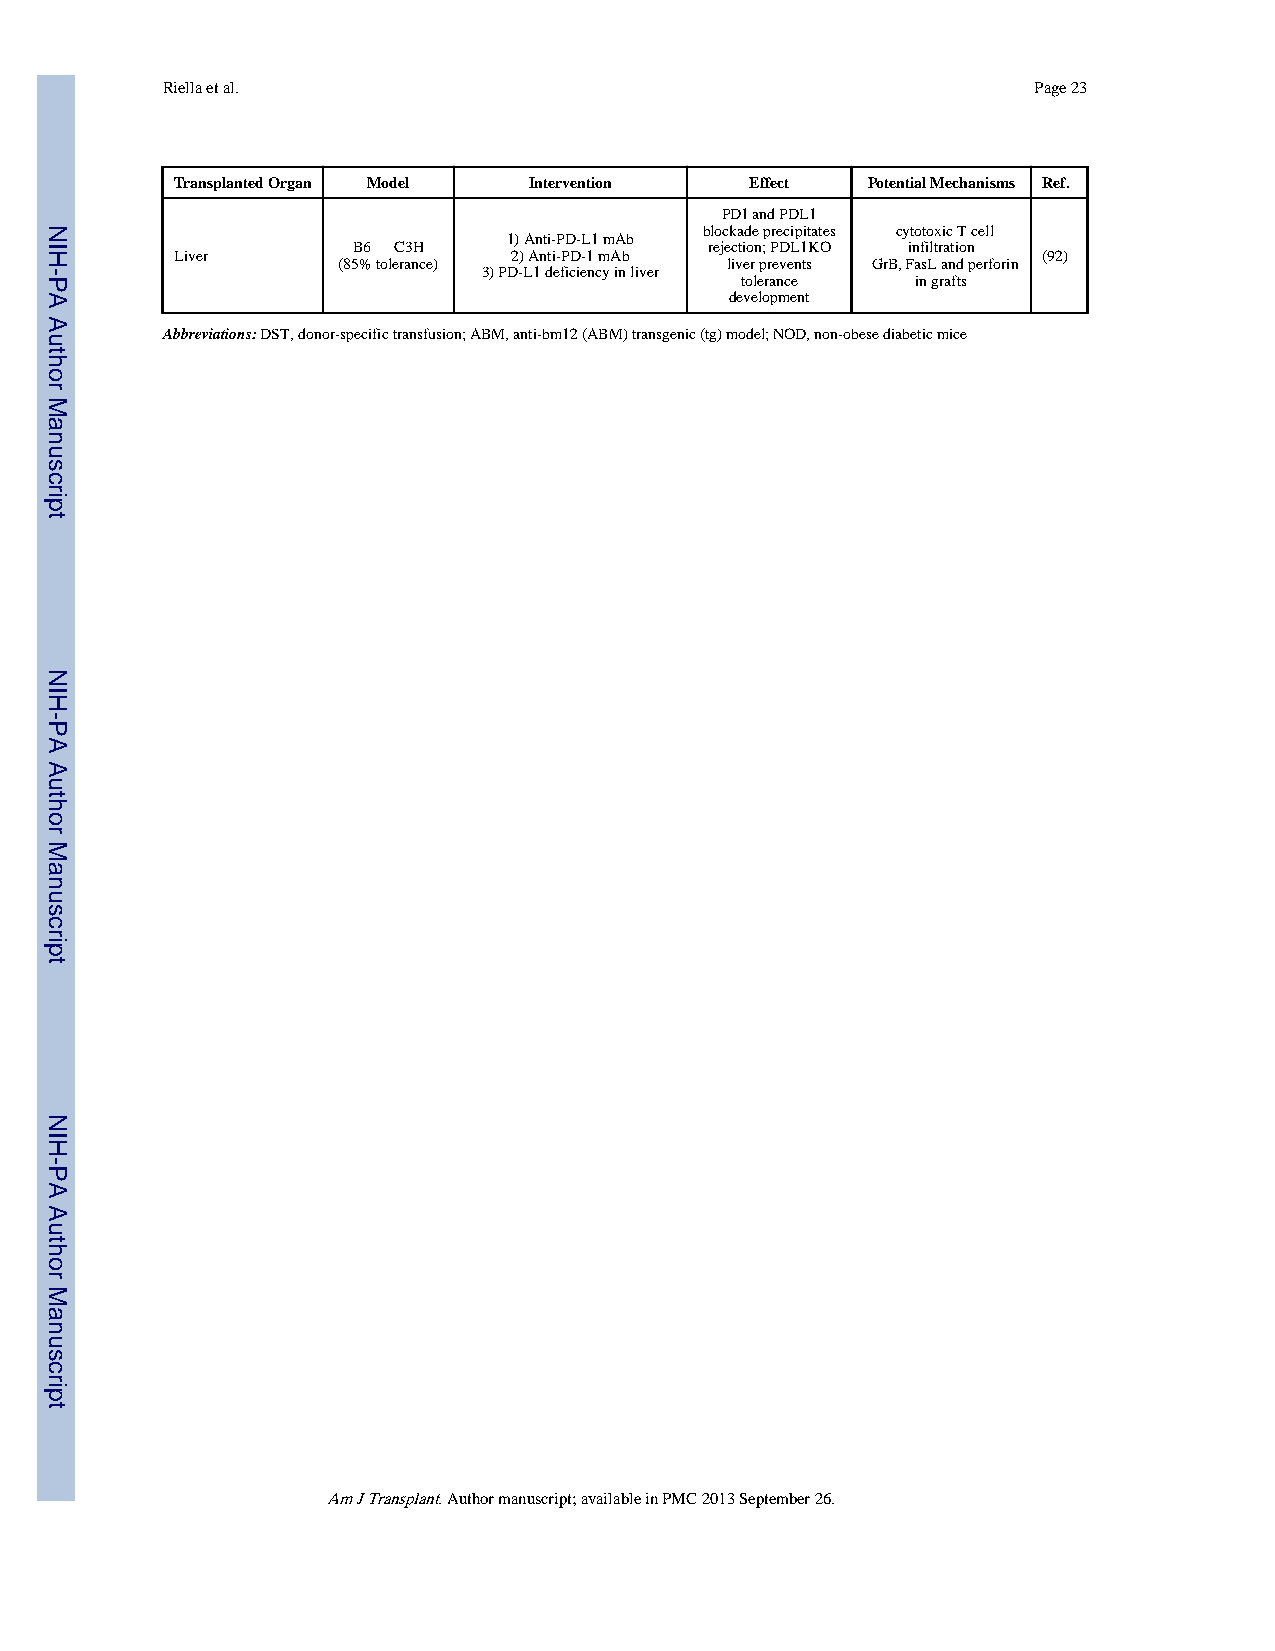
Riella et al.                                            Page 23
 Transplanted Organ Model Intervention Effect Potential Mechanisms Ref.
 PD1 and PDL1
 blockade precipitates ↑cytotoxic T cell
 1) Anti-PD-L1 mAb
 B6 → C3H                rejection; PDL1KO infiltration
 Liver                 2) Anti-PD-1 mAb                   (92)
 (85% tolerance)           liver prevents ↑GrB, FasL and perforin
 3) PD-L1 deficiency in liver
 tolerance   in grafts
 development
 Abbreviations: DST, donor-specific transfusion; ABM, anti-bm12 (ABM) transgenic (tg) model; NOD, non-obese diabetic mice
 Am J Transplant. Author manuscript; available in PMC 2013 September 26.
 NIH-PA
 Author
 Manuscript
 NIH-PA
 Author
 Manuscript
 NIH-PA
 Author
 Manuscript